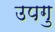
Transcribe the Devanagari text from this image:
उपगु